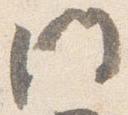
門